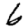
Digit: 6